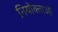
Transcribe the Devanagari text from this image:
नियोक्‍ताओं